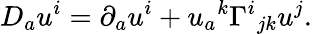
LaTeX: D_{a}u^{i}=\partial_{a}u^{i}+u_{a}{}^{k}\Gamma^{i}{}_{jk}u^{j}.